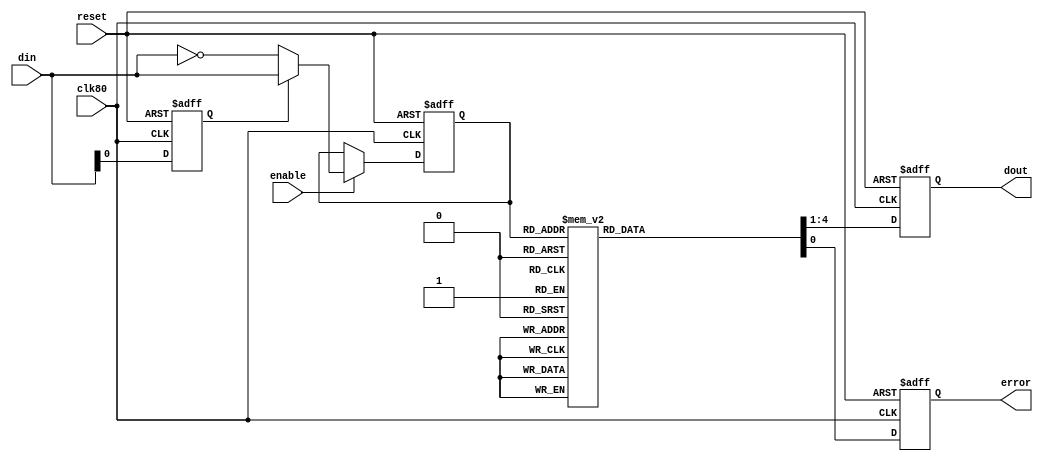
module nrzi_4b5b_decoder
(
	input clk80,
	input reset,
	input enable,

	input [4:0]din,
	output reg [3:0]dout,
	output reg error
);

	reg [4:0]d;
	reg inv;
	
	always @(posedge clk80 or posedge reset)
	begin
		if (reset)
		begin
			d     <= 5'b00000;
			inv   <= 0;
			dout  <= 4'b1010;
			error <= 0;
		end
		else
		begin if (enable)
			d <= inv ? din : ~din;
			inv <= din[0];
			case (d)
				5'b01011: {dout,error} <= 5'b0000_0;
				5'b10001: {dout,error} <= 5'b0001_0;
				5'b00111: {dout,error} <= 5'b0010_0;
				5'b00110: {dout,error} <= 5'b0011_0;
				5'b10011: {dout,error} <= 5'b0100_0;
				5'b10010: {dout,error} <= 5'b0101_0;
				5'b10100: {dout,error} <= 5'b0110_0;
				5'b10101: {dout,error} <= 5'b0111_0;
				5'b00011: {dout,error} <= 5'b1000_0;
				5'b00010: {dout,error} <= 5'b1001_0;
				5'b00100: {dout,error} <= 5'b1010_0;
				5'b00000: {dout,error} <= 5'b1010_0;
				5'b00101: {dout,error} <= 5'b1011_0;
				5'b01100: {dout,error} <= 5'b1100_0;
				5'b01101: {dout,error} <= 5'b1101_0;
				5'b01000: {dout,error} <= 5'b1110_0;
				5'b01001: {dout,error} <= 5'b1111_0;
				default:  {dout,error} <= 5'b1010_1;
			endcase
		end
	end

endmodule